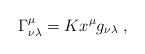
LaTeX: \begin{align*}\Gamma ^{\mu}_{\nu\lambda}=K x^{\mu}g_{\nu\lambda}\;,\end{align*}